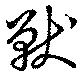
獣